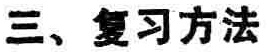
三、复习方法